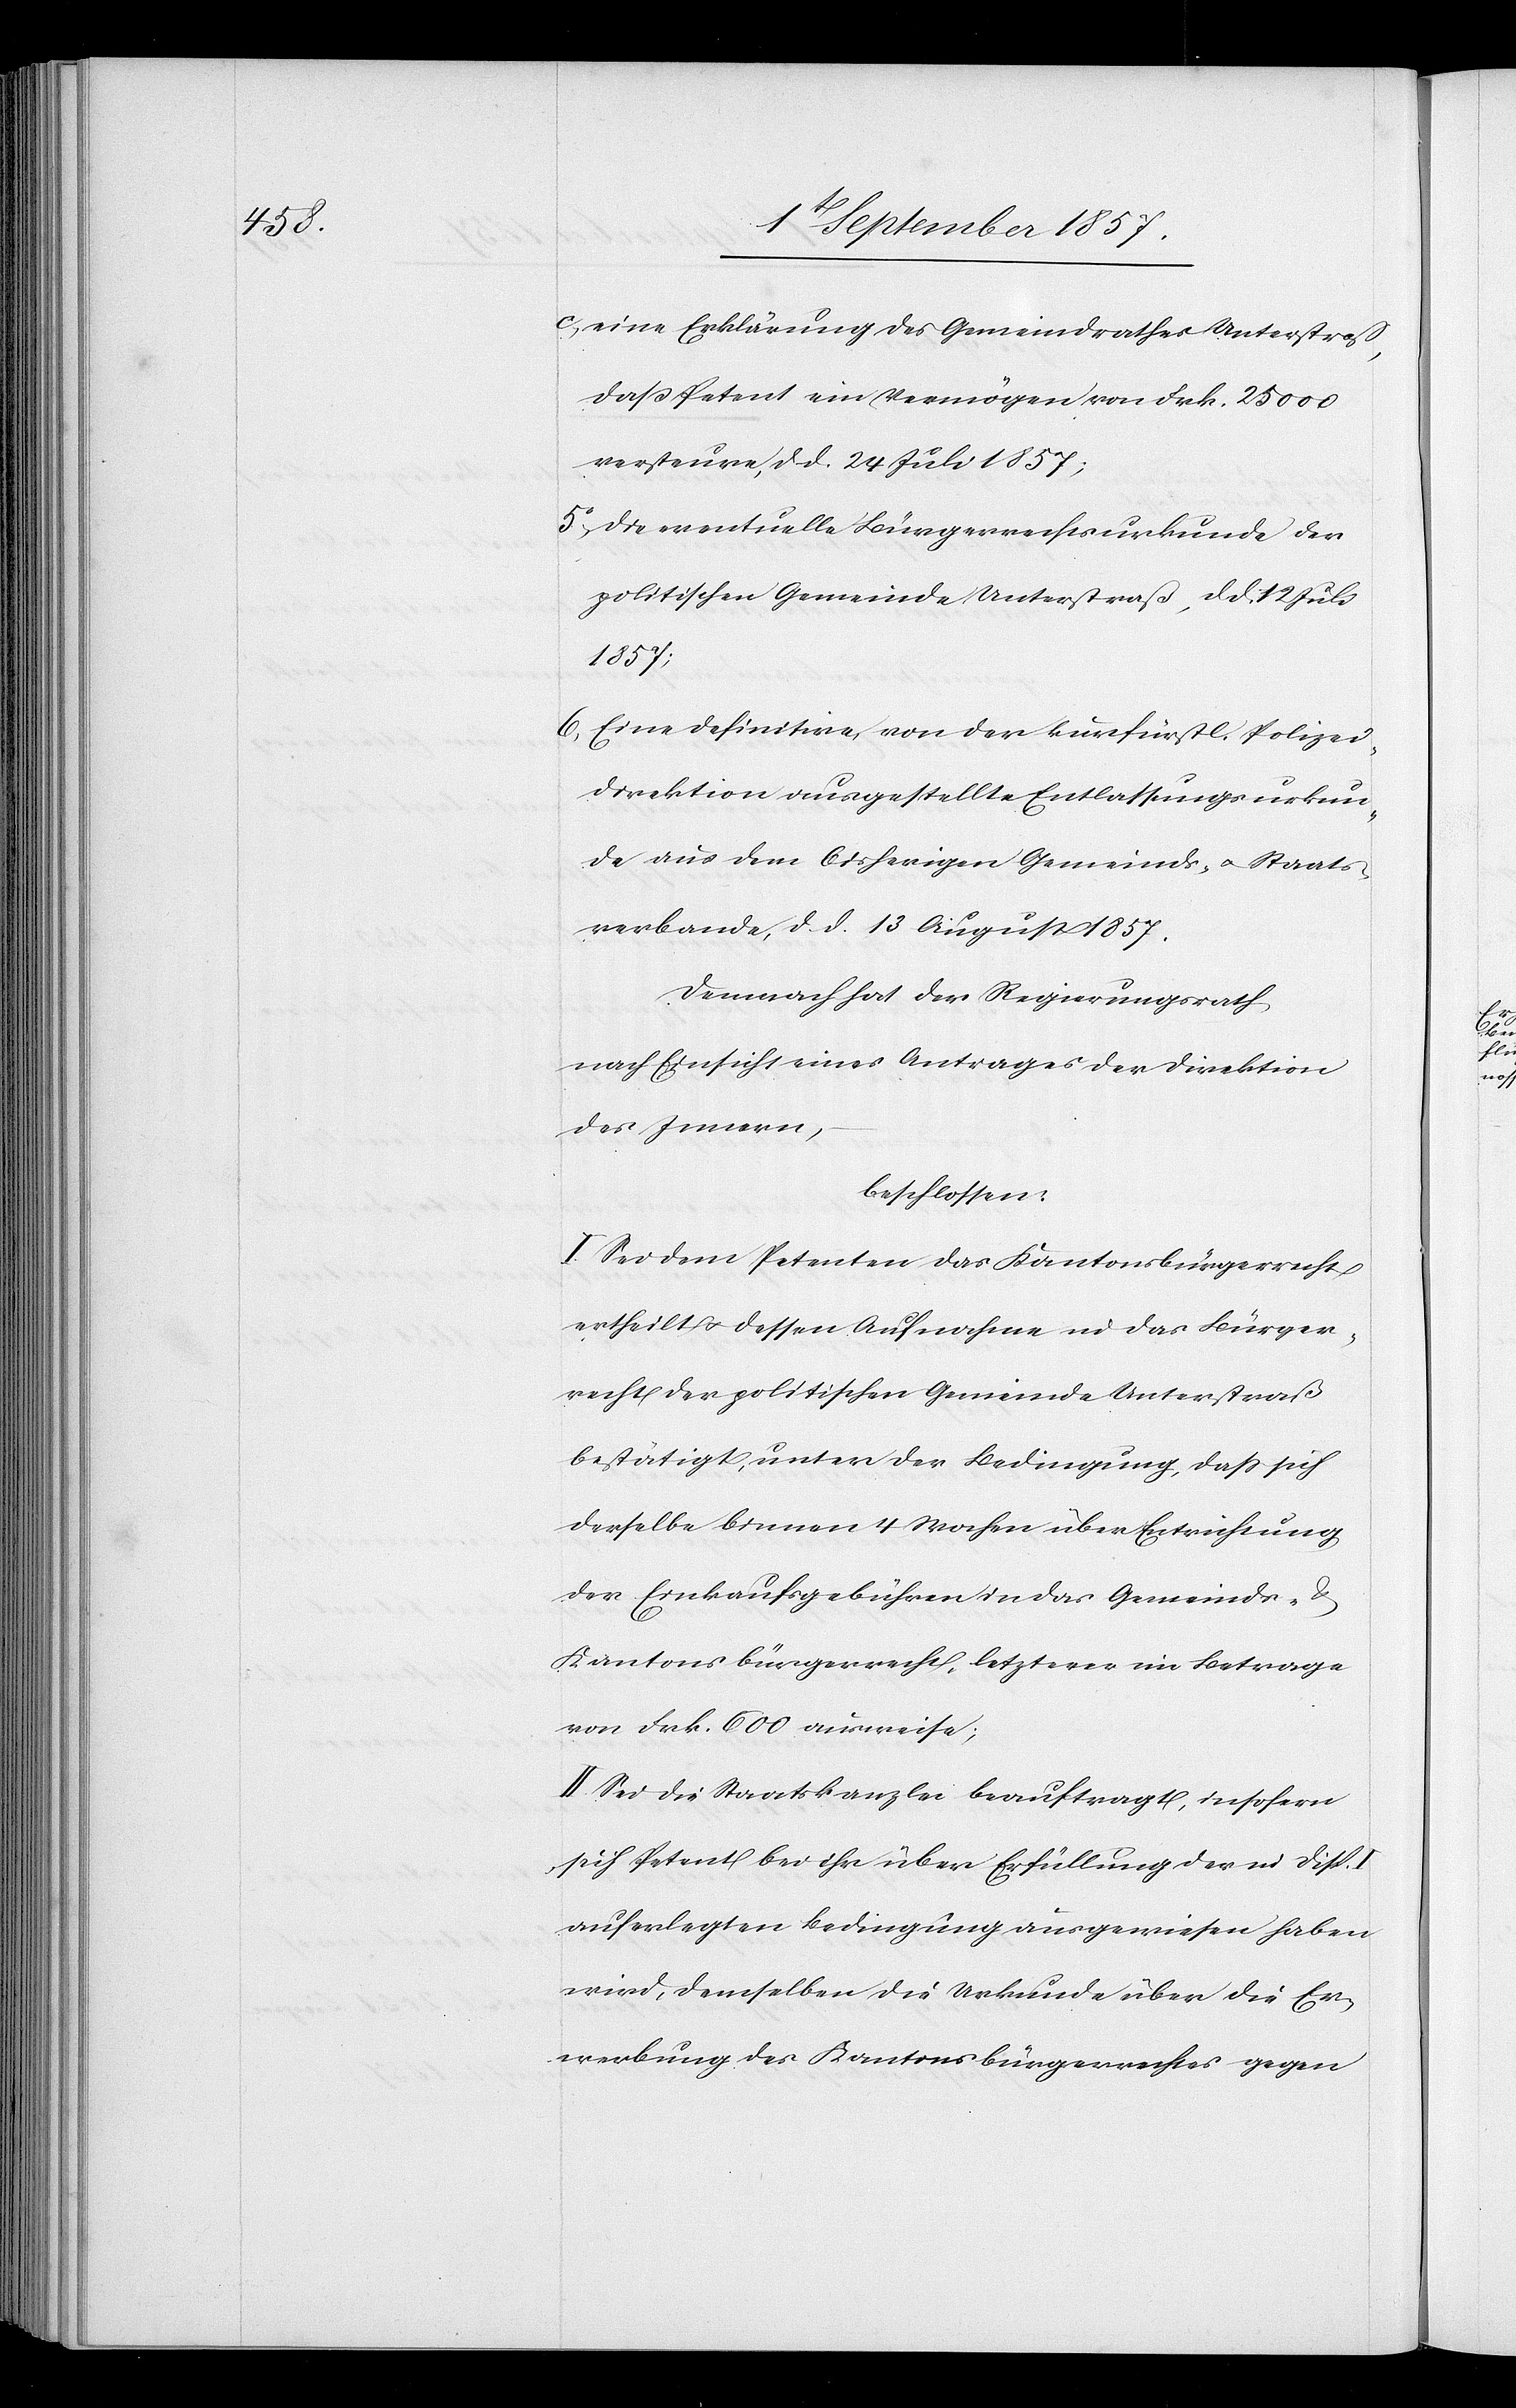
c) eine Erklärung des Gemeindrathes Unterstraß,
daß Petent ein Vermögen von Frk. 25 000
versteure, d. d. 24 Juli 1857;
5) die eventuelle Bürgerrechtsurkunde der
politischen Gemeinde Unterstraß, d. d. 12 Juli
1857;
6) Eine definitive, von der kurfürstl. Polizei¬
direktion ausgestellte Entlassungsurkun¬
de aus dem bisherigen Gemeinds- & Staats¬
verbande, d. d. 13 August 1857.
Demnach hat der Regierungsrath,
nach Einsicht eines Antrages der Direktion
des Innern,
beschlossen:
I. Sei dem Petenten das Kantonsbürgerrecht
ertheilt & dessen Aufnahme in das Bürger¬
recht der politischen Gemeinde Unterstraß
bestätigt, unter der Bedingung, daß sich
derselbe binnen 4 Wochen über Entrichtung
der Einkaufsgebühren in das Gemeinds-
Kantonsbürgerrecht, letzterer im Betrage
von Frk. 600 ausweise;
II. Sei die Staatskanzlei beauftragt, insofern
sich Petent bei ihr über Erfüllung der in Disp.
auferlegten Bedingung ausgewiesen haben
wird, demselben die Urkunde über die E¬
rbauung des Kantonsbürgerrechtes gegen